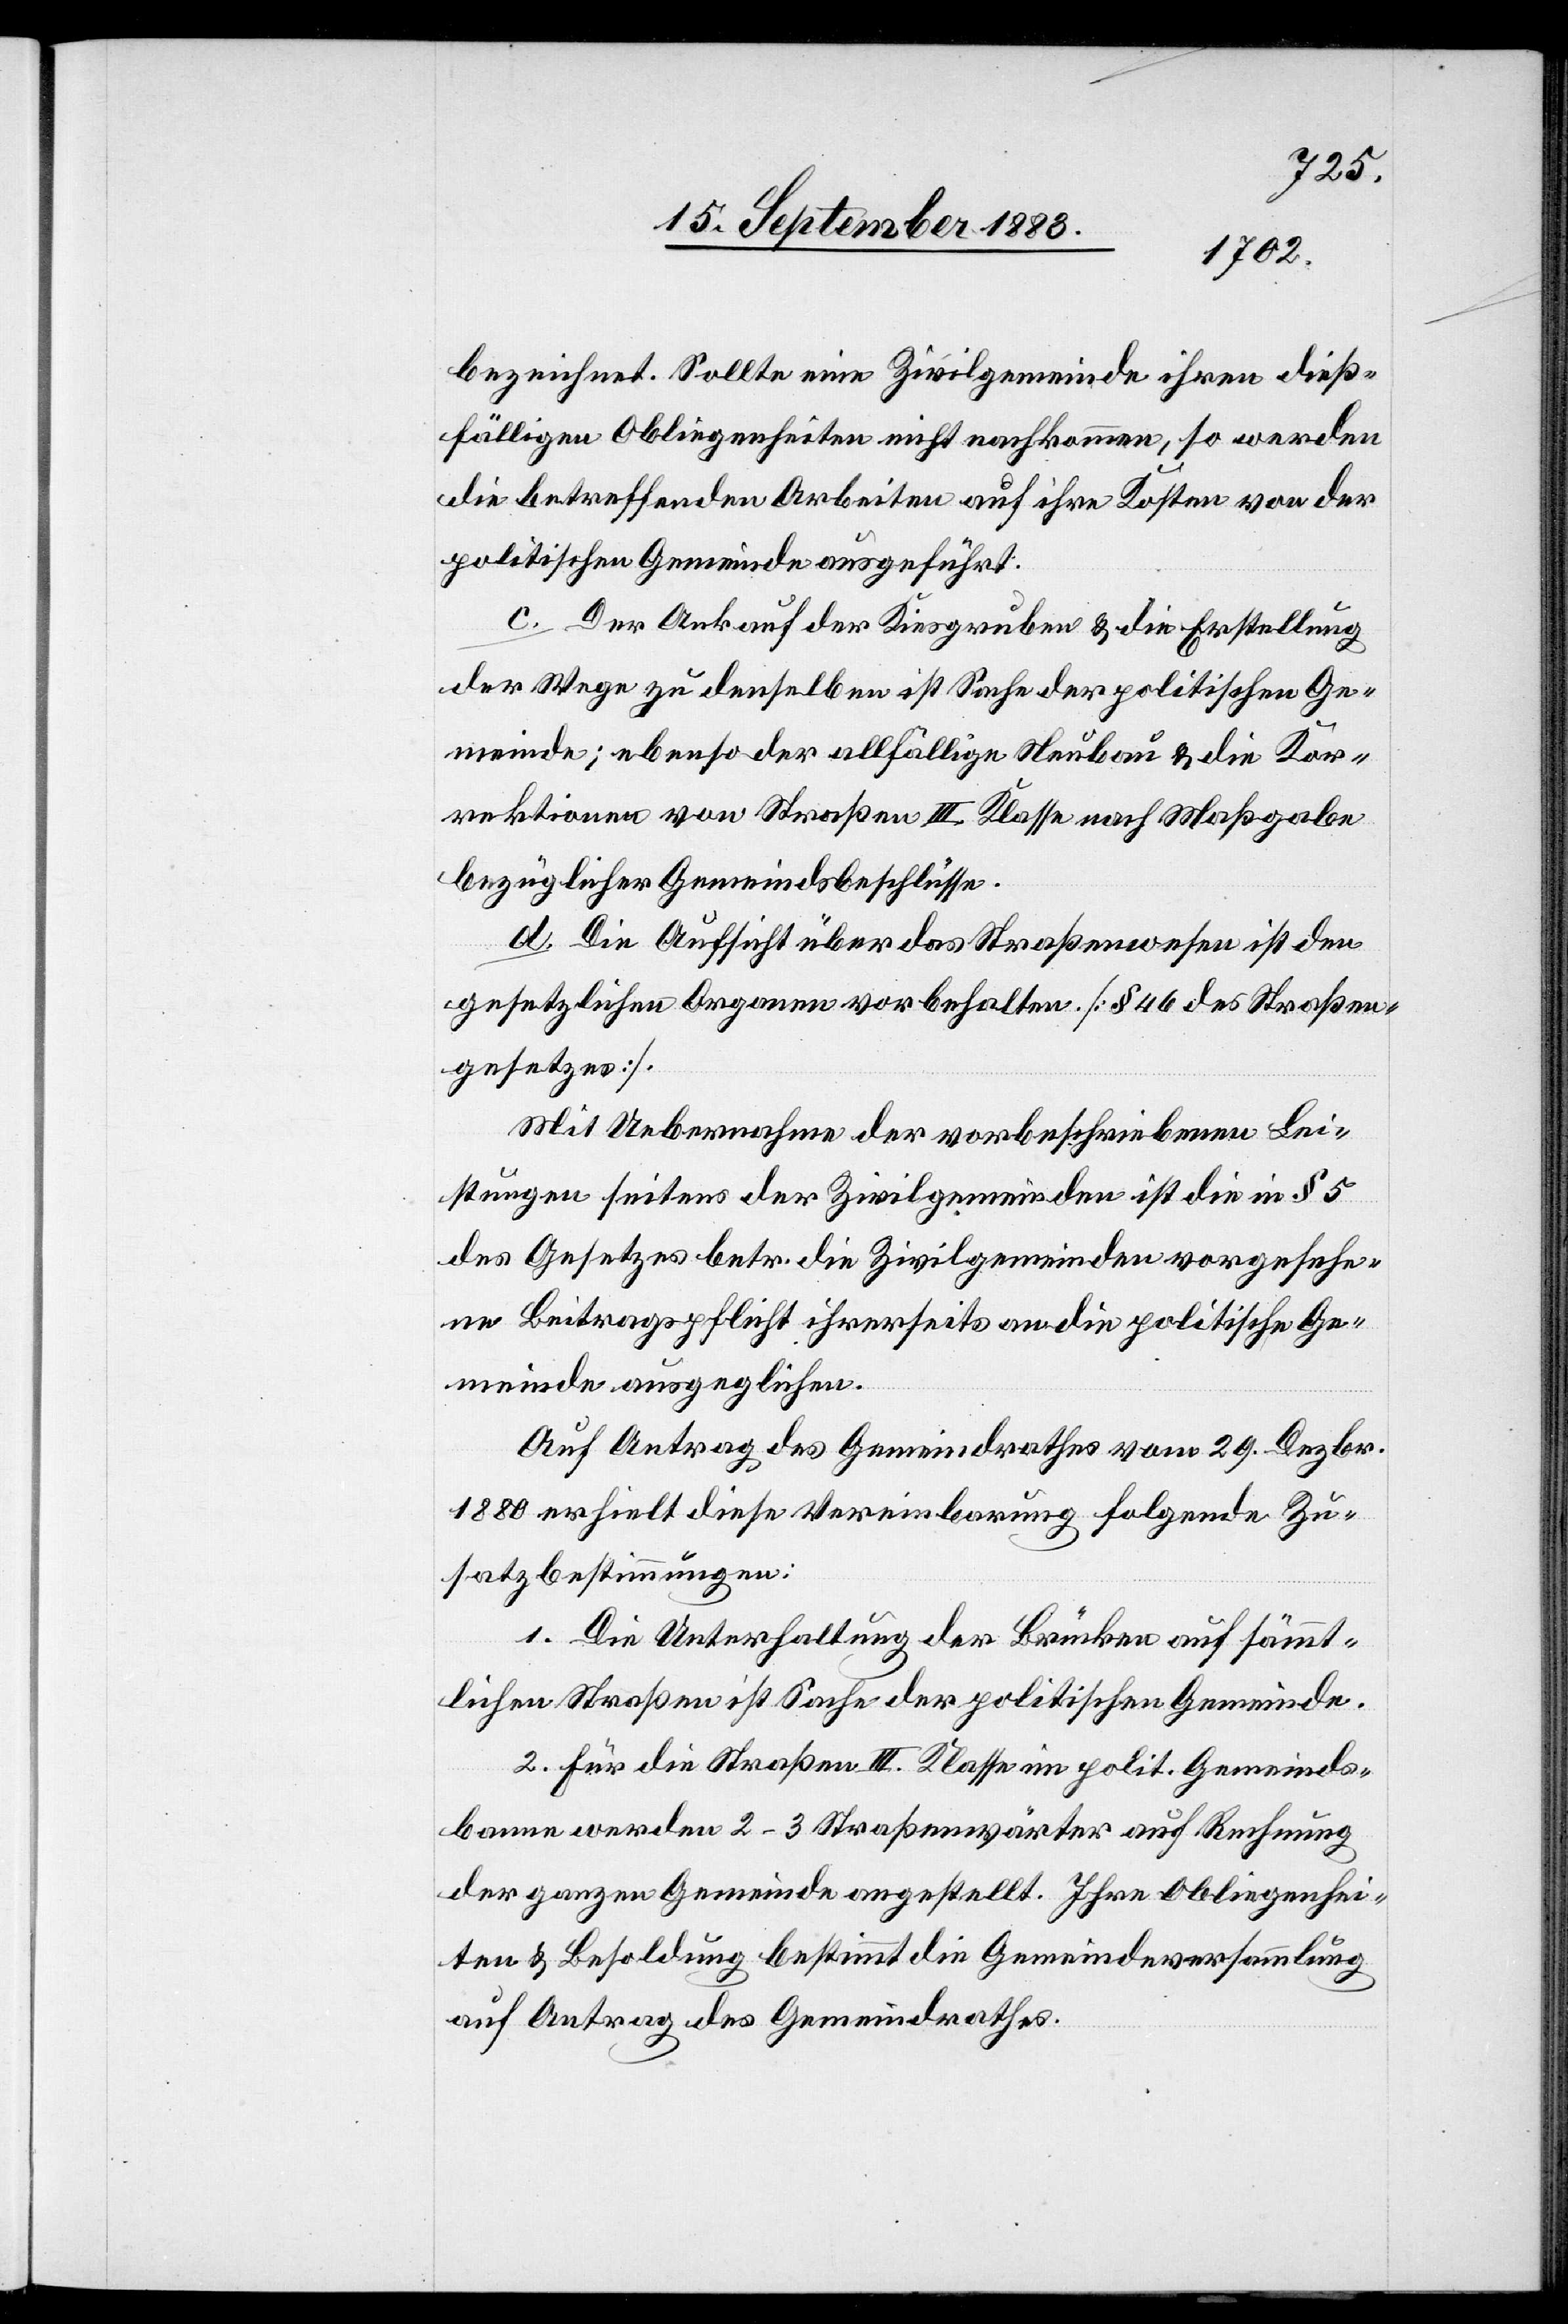
bezeichnet. Sollte eine Zivilgemeinde ihren dieß¬
fälligen Obliegenheiten nicht nachkommen, so werden
die betreffenden Arbeiten auf ihre Kosten von der
politischen Gemeinde ausgeführt.
c. Der Ankauf der Kiesgruben & die Erstellung
der Wege zu denselben ist Sache der politischen Ge¬
meinde; ebenso der allfällige Neubau & die Kor¬
rektionen von Straßen III. Klasse nach Maßgabe
bezüglicher Gemeindsbeschlüsse.
d. Die Aufsicht über das Straßenwesen ist den
gesetzlichen Organen vorbehalten [§ 46 des Straßen¬
gesetzes].
Mit Uebernahme der vorbeschriebenen Lei¬
stungen seitens der Zivilgemeinden ist die in § 5
des Gesetzes betr. die Zivilgemeinden vorgesehe¬
ne Beitragspflicht ihrerseits an die politischen Ge¬
meinden ausgeglichen.
Auf Antrag des Gemeindrathes vom 29. Dezbr.
1880 erhielt diese Vereinbarung folgende Zu¬
satzbestimmungen:
1. Die Unterhaltung der Brücken auf sämmt¬
lichen Straßen ist Sache der politischen Gemeinde.
2. Für die Straßen III. Klasse im polit. Gemeinds¬
banne werden 2–3 Straßenwärter auf Rechnung
der ganzen Gemeinde angestellt. Ihre Obliegenhei¬
ten & Besoldung bestimmt die Gemeindeversammlung
auf Antrag des Gemeindrathes.